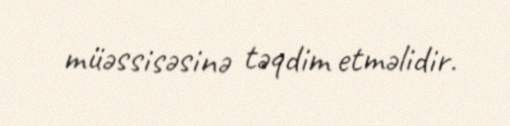
müəssisəsinə təqdim etməlidir.